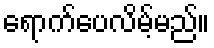
ရောက်ပေလိမ့်မည်။